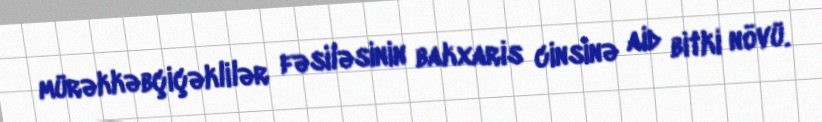
mürəkkəbçiçəklilər fəsiləsinin bakxaris cinsinə aid bitki növü.